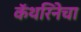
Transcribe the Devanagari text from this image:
कॅथरिनेचा